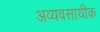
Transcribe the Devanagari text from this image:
अव्यवसायीक